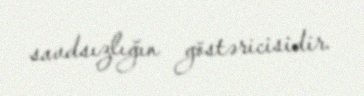
savdsızlığın göstəricisidir.